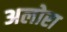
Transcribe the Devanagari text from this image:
अलोरा